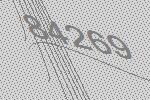
84269